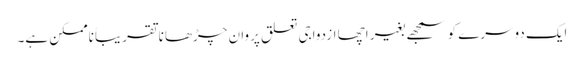
ایک دوسرے کو سمجھے بغیر اچھا ازدواجی تعلق پروان چڑھانا تقریباً ناممکن ہے۔